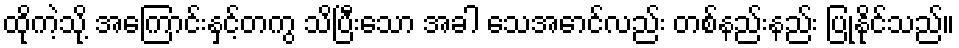
ထိုကဲ့သို့ အကြောင်းနှင့်တကွ သိပြီးသော အခါ သေအောင်လည်း တစ်နည်းနည်း ပြုနိုင်သည်။